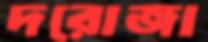
দরোজা